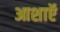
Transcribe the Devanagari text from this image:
आशाऍ